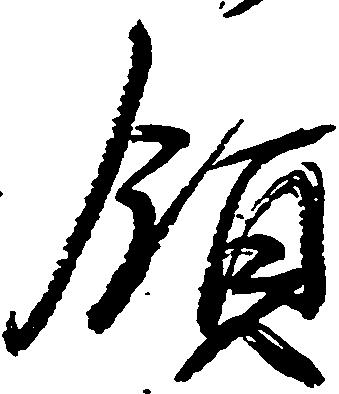
領